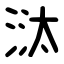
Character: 㳲